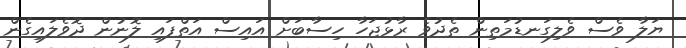
ޔަލާ ވެސް ވެލިގަނޑުމަތިން ތެދުވެ ރާޅުޖަހާ ހިސާބަށް އައިސް އަތްފައި ލޮނުން ދޮވެލައިގެން